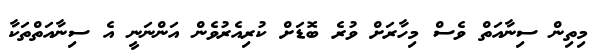
މިތިން ސިނާއަތް ވެސް މިހާރަށް ވުރެ ބޮޑަށް ކުރިއެރުވެން އަންނަނީ އެ ސިނާއަތްތަކާ